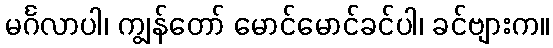
မင်္ဂလာပါ၊ ကျွန်တော် မောင်မောင်ခင်ပါ၊ ခင်ဗျားက။